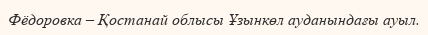
Фёдоровка – Қостанай облысы Ұзынкөл ауданындағы ауыл.